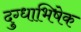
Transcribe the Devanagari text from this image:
दुग्‍धाभिषेक